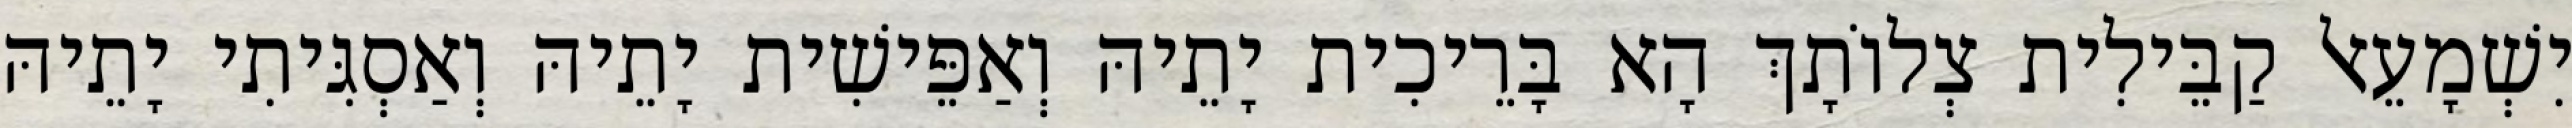
יִשְׁמָעֵאל קַבֵּילִית צְלוֹתָךְ הָא בָּרֵיכִית יָתֵיהּ וְאַפֵּישִׁית יָתֵיהּ וְאַסְגִּיתִי יָתֵיהּ